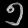
Digit: ၅